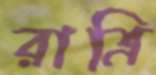
রাত্রি